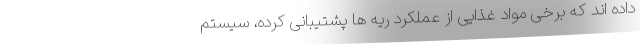
داده اند که برخی مواد غذایی از عملکرد ریه ها پشتیبانی کرده، سیستم